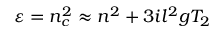
\varepsilon = n _ { c } ^ { 2 } \approx n ^ { 2 } + 3 i l ^ { 2 } g T _ { 2 }